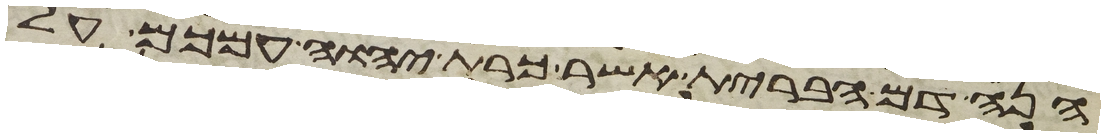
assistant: הנה דם הברית אשר כרת יהוה עמכם על